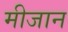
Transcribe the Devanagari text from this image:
मीजान